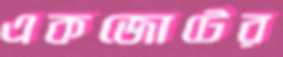
একজোটের